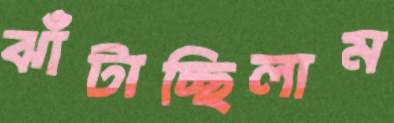
ঝাঁটাচ্ছিলাম